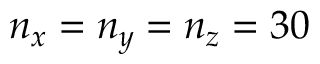
{ n _ { x } = n _ { y } = n _ { z } = 3 0 }